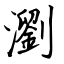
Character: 瀏